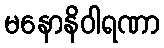
မနောနိဝါရဏာ